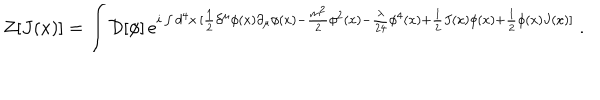
LaTeX: Z [ J ( x ) ] = \int { \mathcal D } [ \phi ] \, e ^ { i \int d ^ { 4 } x \, [ \frac { 1 } { 2 } \partial ^ { \mu } \phi ( x ) \partial _ { \mu } \phi ( x ) - \frac { m ^ { 2 } } { 2 } \phi ^ { 2 } ( x ) - \frac { \lambda } { 2 4 } \phi ^ { 4 } ( x ) + \frac { 1 } { 2 } J ( x ) \phi ( x ) + \frac { 1 } { 2 } \phi ( x ) J ( x ) ] } ~ .